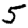
Digit: 5